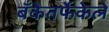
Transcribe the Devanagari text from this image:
बँकेतर्फेकेले